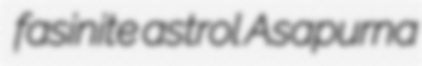
fasinite astrol Asapurna